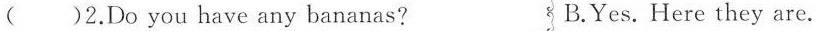
()2.Do you have any bananas? B.Yes. Here they are.